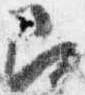
召